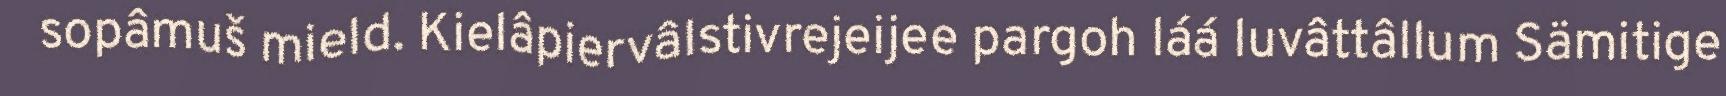
sopâmuš mield. Kielâpiervâlstivrejeijee pargoh láá luvâttâllum Sämitige